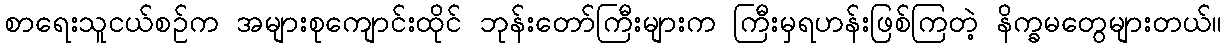
စာရေးသူငယ်စဉ်က အများစုကျောင်းထိုင် ဘုန်းတော်ကြီးများက ကြီးမှရဟန်းဖြစ်ကြတဲ့ နိက္ခမတွေများတယ်။